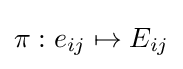
\pi :e_{ij}\mapsto E_{ij}